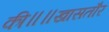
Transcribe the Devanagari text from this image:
की॥॥खासतौर